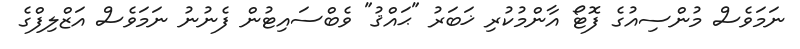
ނަމަވެސް މުންސިއުގެ ފޮޓޯ އާންމުކުރި ޚަބަރު "ޙައްޤު" ވެބްސައިޓުން ފެނުނު ނަމަވެސް އަޒްލިފްގެ